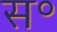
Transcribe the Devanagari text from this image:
स॰